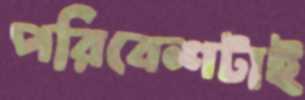
পরিবেশটাই